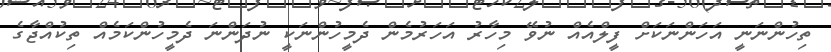
ތިހުންނަނީ އަހަންނަކަށް ފީލްއެއް ނުވޭ މިހާރު އަހަރުމެން ދެމީހުންނަކީ ނުދަންނަ ދެމީހުންކަމެއް ތިކުއްޖާގެ